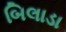
બિલાડા